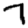
Digit: 7